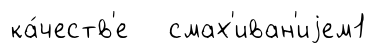
ка́честв'е смах'иван'иjем1